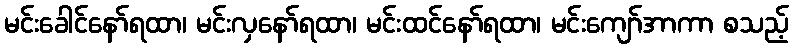
မင်းခေါင်နော်ရထာ၊ မင်းလှနော်ရထာ၊ မင်းထင်နော်ရထာ၊ မင်းကျော်အာကာ စသည့်